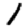
Digit: 1